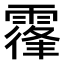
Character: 𩄦